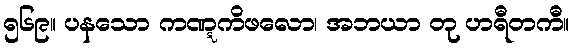
၅၆၉။ ပနသော ကဏ္ဋကိဖလော၊ အဘယာ တု ဟရီတကီ။